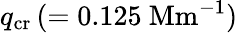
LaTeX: q_{\mathrm{cr}}\, (=0.125\ \mathrm{Mm}^{-1})